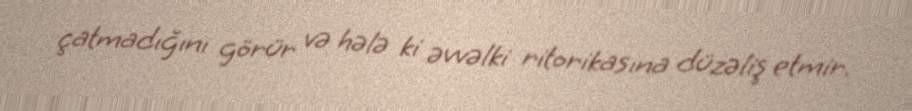
çatmadığını görür və hələ ki əvvəlki ritorikasına düzəliş etmir.